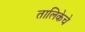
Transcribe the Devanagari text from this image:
तालिकेचे